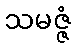
သမဇ္ဇံ